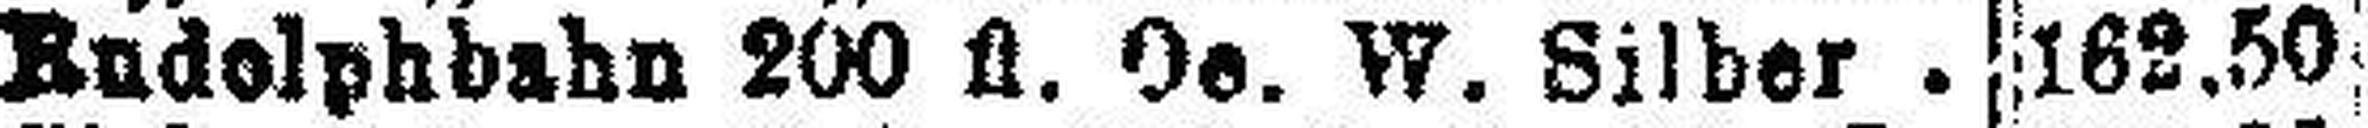
Rudolphbahn 200 fl. Oe. W. Silber.